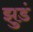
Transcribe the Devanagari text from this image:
झुडं